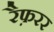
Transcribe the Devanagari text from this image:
रैफ़रर